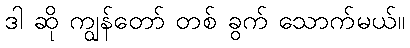
ဒါ ဆို ကျွန်တော် တစ် ခွက် သောက်မယ်။